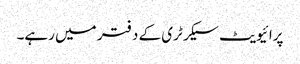
پرائیویٹ سیکرٹری کے دفتر میں رہے۔